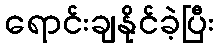
ရောင်းချနိုင်ခဲ့ပြီး